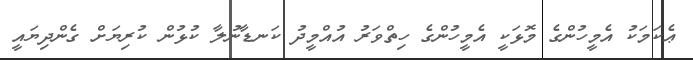
ޢެކަމަކު އެމީހުންގެ މޮޅަކީ އެމީހުންގެ ހިތްވަރު އުއްމީދު ކަނޑާނުލާ ކުޅުން ކުރިޔަށް ގެންދިޔައީ